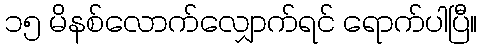
၁၅ မိနစ်လောက်လျှောက်ရင် ရောက်ပါပြီ။